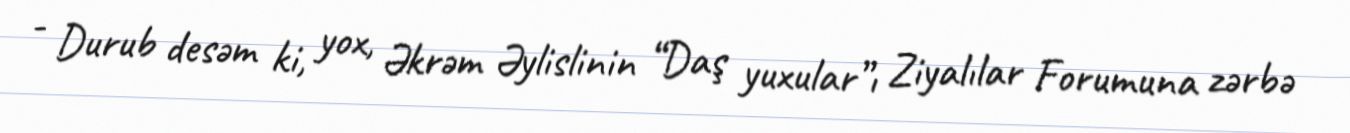
- Durub desəm ki, yox, Əkrəm Əylislinin “Daş yuxular”ı Ziyalılar Forumuna zərbə